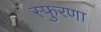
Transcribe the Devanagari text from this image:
स्फुरणा